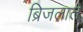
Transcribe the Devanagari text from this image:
ब्रिजलाल